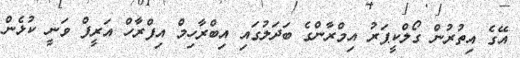
އޭގެ އިތުރުން ގޯލްކީޕަރު އިމްރާންގެ ބަދަލުގައި އިބްރާހިމް އިފްރާހް އަރީފް ވަނީ ކުޅެން